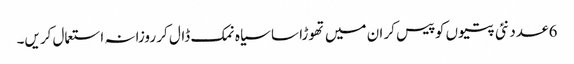
6 عدد نئی پتیوں کو پیس کر ان میں تھوڑا سا سیاہ نمک ڈال کر روزانہ استعمال کریں۔